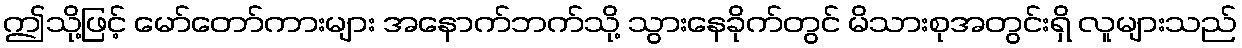
ဤသို့ဖြင့် မော်တော်ကားများ အနောက်ဘက်သို့ သွားနေခိုက်တွင် မိသားစုအတွင်းရှိ လူများသည်